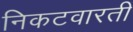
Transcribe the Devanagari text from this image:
निकटवारती